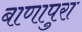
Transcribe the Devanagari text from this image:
बाणापुरा